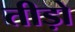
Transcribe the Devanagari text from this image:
तीड़ो